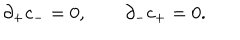
\partial _ { + } c _ { - } = 0 , \qquad \partial _ { - } c _ { + } = 0 .